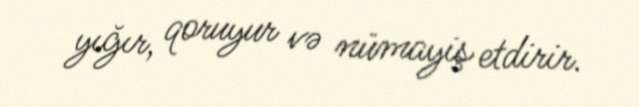
yığır, qoruyur və nümayiş etdirir.